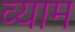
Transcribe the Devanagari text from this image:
व्याम